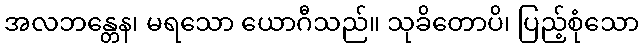
အလဘန္တေန၊ မရသော ယောဂီသည်။ သုခိတောပိ၊ ပြည့်စုံသော